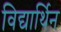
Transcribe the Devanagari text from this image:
विद्यार्थिन